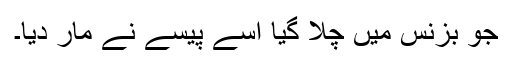
جو بزنس میں چلا گیا اسے پیسے نے مار دیا۔